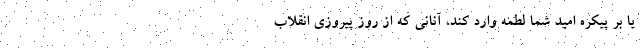
یا بر پیکره امید شما لطمه وارد کند، آنانی که از روز پیروزی انقلاب